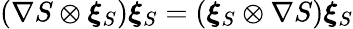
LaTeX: \left(\nabla{S}\otimes\boldsymbol{\xi}_{S}\right)\boldsymbol{\xi}_{S}=\left(\boldsymbol{\xi}_{S}\otimes\nabla{S}\right)\boldsymbol{\xi}_{S}